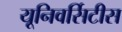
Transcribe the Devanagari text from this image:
यूनिवर्सिटीस